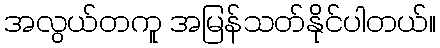
အလွယ်တကူ အမြန်သတ်နိုင်ပါတယ်။